65_HS1-834228961_62-HQ-83894_Section_1
Agency: FBI
Page 61
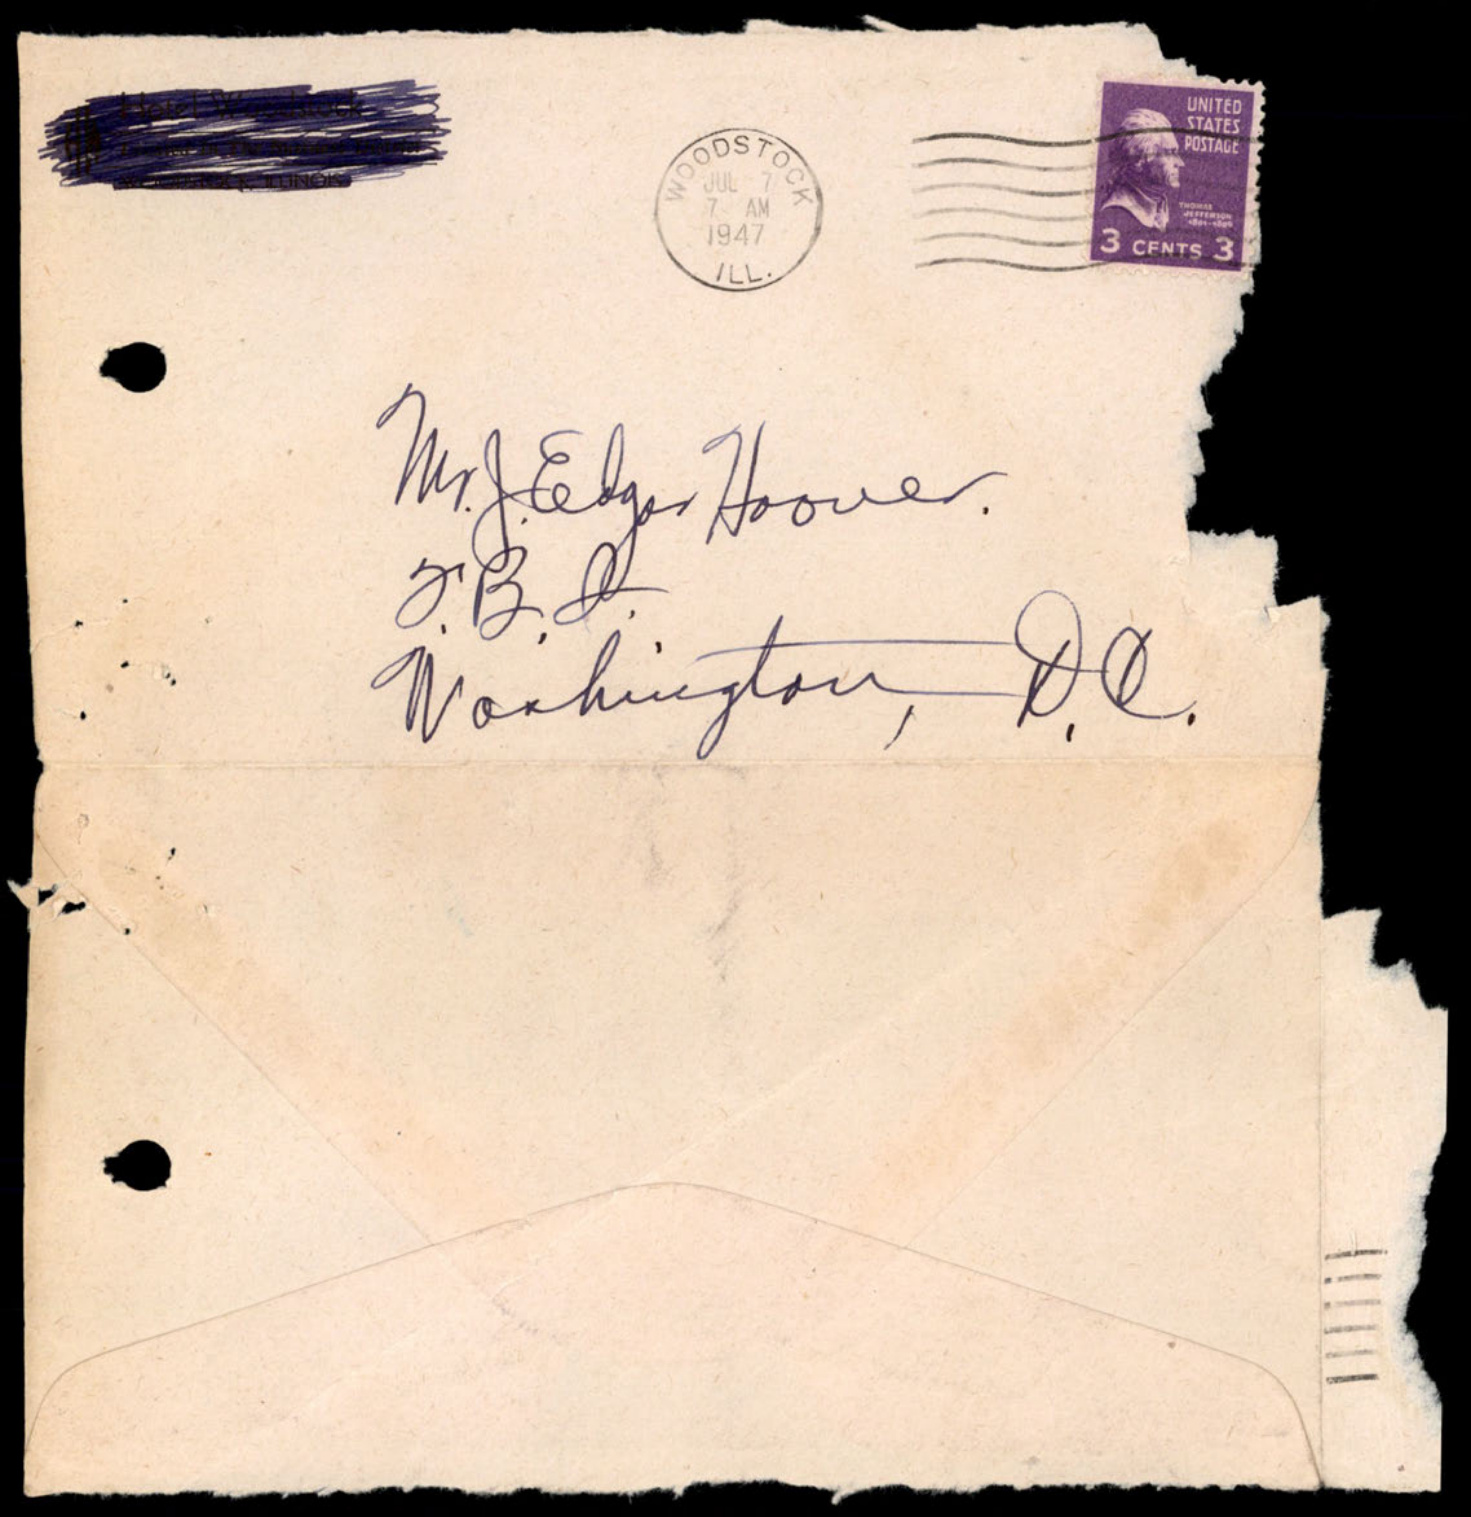